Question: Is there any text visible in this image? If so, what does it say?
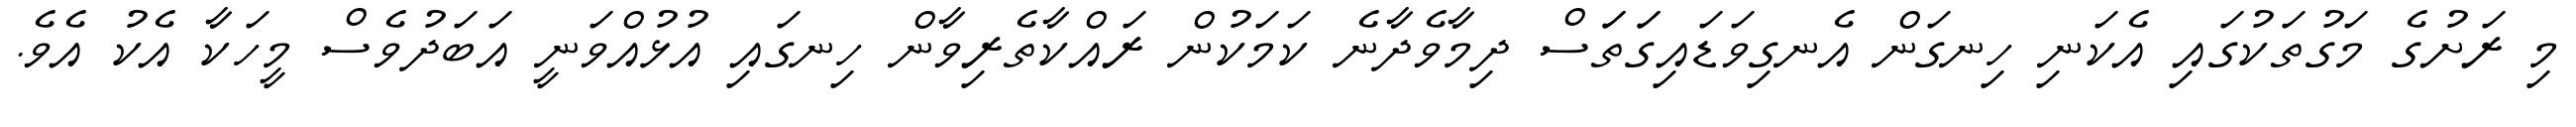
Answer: މި ރަށުގެ މަގުތަކުގައި އެކަނި ހިނގަން އެނގިވަޑައިގަަތަަސް ދިމާވެދާނެ ކަމަކުން ރައްކާތެރިވާން ހިނގައި އުޅުއްވަނީ އަބަދުވެސް މީހަކާ އެކު އެވެ.